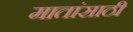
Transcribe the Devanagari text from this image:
मातांसाठी